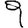
Digit: 9